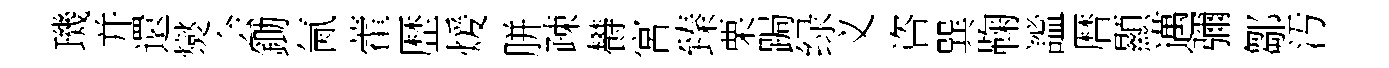
璣并還爕会鋤氤藿歴煖胼疎欎宮臻栗跼绿义咨巽鞠謐暦顯邁彌鄒汚